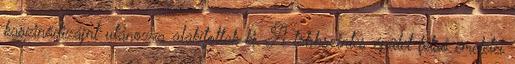
kaszinódizájnt utánozva alakítottak ki. A többszintes épület felső emeletei